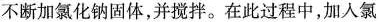
不断加氯化钠固体，并搅拌。在此过程中，加入氯